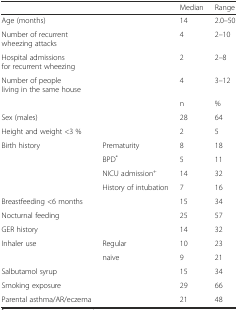
<table><thead><tr><td></td><td></td><td><b>Median</b></td><td><b>Range</b></td></tr></thead><tbody><tr><td>Age (months)</td><td></td><td>14</td><td>2.0–50</td></tr><tr><td>Number of recurrent wheezing attacks</td><td></td><td>4</td><td>2–10</td></tr><tr><td>Hospital admissions for recurrent wheezing</td><td></td><td>2</td><td>2–8</td></tr><tr><td>Number of people living in the same house</td><td></td><td>4</td><td>3–12</td></tr><tr><td></td><td></td><td>n</td><td>%</td></tr><tr><td>Sex (males)</td><td></td><td>28</td><td>64</td></tr><tr><td>Height and weight &lt;3 %</td><td></td><td>2</td><td>5</td></tr><tr><td>Birth history</td><td>Prematurity</td><td>8</td><td>18</td></tr><tr><td></td><td>BPD<sup>*</sup></td><td>5</td><td>11</td></tr><tr><td></td><td>NICU admission<sup>+</sup></td><td>14</td><td>32</td></tr><tr><td></td><td>History of intubation</td><td>7</td><td>16</td></tr><tr><td>Breastfeeding &lt;6 months</td><td></td><td>15</td><td>34</td></tr><tr><td>Nocturnal feeding</td><td></td><td>25</td><td>57</td></tr><tr><td>GER history</td><td></td><td>14</td><td>32</td></tr><tr><td>Inhaler use</td><td>Regular</td><td>10</td><td>23</td></tr><tr><td></td><td>naive</td><td>9</td><td>21</td></tr><tr><td>Salbutamol syrup</td><td></td><td>15</td><td>34</td></tr><tr><td>Smoking exposure</td><td></td><td>29</td><td>66</td></tr><tr><td>Parental asthma/AR/eczema</td><td></td><td>21</td><td>48</td></tr></tbody></table>